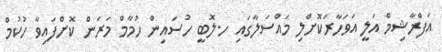
އަފްރާޝިމް އަލީ އަވަހާރަކޮށްލި މައްސަލާގައި ހ.ލޮބީ ހުސައިން ހުމާމް މަރަން ކޮށްފައިވާ ހުކުމް